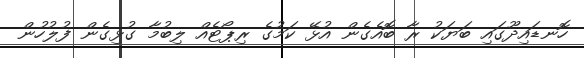
ހޮނޑައިދޫގައި ބަޔަކު ރާ ބޮއެގެން އުޅޭ ކަމުގެ ރިޕޯޓެއް ލިބުމާ ގުޅިގެން ފުލުހުން